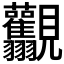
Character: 𧢰